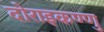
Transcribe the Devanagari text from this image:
दोराइकण्णु